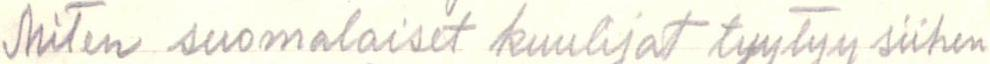
Miten suomalaiset kuulijat tyytyy siihen